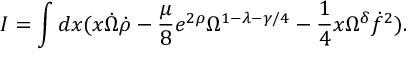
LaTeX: I = \int d x ( x \dot { \Omega } \dot { \rho } - \frac { \mu } { 8 } e ^ { 2 \rho } \Omega ^ { 1 - \lambda - \gamma / 4 } - \frac { 1 } { 4 } x \Omega ^ { \delta } \dot { f } ^ { 2 } ) .